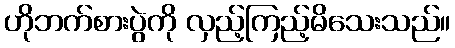
ဟိုဘက်စားပွဲကို လှည့်ကြည့်မိသေးသည်။